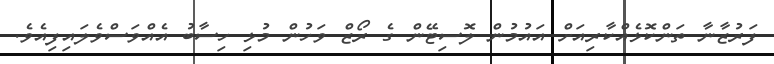
ފަރުޒާނާ ތަންކޮޅެއްކާރިއަށް އައުމުން ލޮސިޓޭން ގެ ރޯޒް ވަހުން މުޅި ހިސާބު އެއްވަސްވެލައިފިއެވެ.